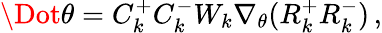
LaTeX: \begin{array}{r}{\Dot{\theta}=C_{k}^{+}C_{k}^{-}W_{k}\nabla_{\theta}(R_{k}^{+}R_{k}^{-})\, ,}\end{array}